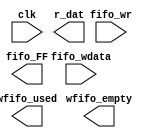
//Legal Notice: (C)2021 Altera Corporation. All rights reserved.  Your
//use of Altera Corporation's design tools, logic functions and other
//software and tools, and its AMPP partner logic functions, and any
//output files any of the foregoing (including device programming or
//simulation files), and any associated documentation or information are
//expressly subject to the terms and conditions of the Altera Program
//License Subscription Agreement or other applicable license agreement,
//including, without limitation, that your use is for the sole purpose
//of programming logic devices manufactured by Altera and sold by Altera
//or its authorized distributors.  Please refer to the applicable
//agreement for further details.

// synthesis translate_off
`timescale 1ns / 1ps
// synthesis translate_on

// turn off superfluous verilog processor warnings 
// altera message_level Level1 
// altera message_off 10034 10035 10036 10037 10230 10240 10030 

module Computer_System_JTAG_UART_sim_scfifo_w (
                                                // inputs:
                                                 clk,
                                                 fifo_wdata,
                                                 fifo_wr,

                                                // outputs:
                                                 fifo_FF,
                                                 r_dat,
                                                 wfifo_empty,
                                                 wfifo_used
                                              )
;

  output           fifo_FF;
  output  [  7: 0] r_dat;
  output           wfifo_empty;
  output  [  5: 0] wfifo_used;
  input            clk;
  input   [  7: 0] fifo_wdata;
  input            fifo_wr;


wire             fifo_FF;
wire    [  7: 0] r_dat;
wire             wfifo_empty;
wire    [  5: 0] wfifo_used;

//synthesis translate_off
//////////////// SIMULATION-ONLY CONTENTS
  always @(posedge clk)
    begin
      if (fifo_wr)
          $write("%c", fifo_wdata);
    end


  assign wfifo_used = {6{1'b0}};
  assign r_dat = {8{1'b0}};
  assign fifo_FF = 1'b0;
  assign wfifo_empty = 1'b1;

//////////////// END SIMULATION-ONLY CONTENTS

//synthesis translate_on

endmodule


// synthesis translate_off
`timescale 1ns / 1ps
// synthesis translate_on

// turn off superfluous verilog processor warnings 
// altera message_level Level1 
// altera message_off 10034 10035 10036 10037 10230 10240 10030 

module Computer_System_JTAG_UART_scfifo_w (
                                            // inputs:
                                             clk,
                                             fifo_clear,
                                             fifo_wdata,
                                             fifo_wr,
                                             rd_wfifo,

                                            // outputs:
                                             fifo_FF,
                                             r_dat,
                                             wfifo_empty,
                                             wfifo_used
                                          )
;

  output           fifo_FF;
  output  [  7: 0] r_dat;
  output           wfifo_empty;
  output  [  5: 0] wfifo_used;
  input            clk;
  input            fifo_clear;
  input   [  7: 0] fifo_wdata;
  input            fifo_wr;
  input            rd_wfifo;


wire             fifo_FF;
wire    [  7: 0] r_dat;
wire             wfifo_empty;
wire    [  5: 0] wfifo_used;

//synthesis translate_off
//////////////// SIMULATION-ONLY CONTENTS
  Computer_System_JTAG_UART_sim_scfifo_w the_Computer_System_JTAG_UART_sim_scfifo_w
    (
      .clk         (clk),
      .fifo_FF     (fifo_FF),
      .fifo_wdata  (fifo_wdata),
      .fifo_wr     (fifo_wr),
      .r_dat       (r_dat),
      .wfifo_empty (wfifo_empty),
      .wfifo_used  (wfifo_used)
    );


//////////////// END SIMULATION-ONLY CONTENTS

//synthesis translate_on
//synthesis read_comments_as_HDL on
//  scfifo wfifo
//    (
//      .aclr (fifo_clear),
//      .clock (clk),
//      .data (fifo_wdata),
//      .empty (wfifo_empty),
//      .full (fifo_FF),
//      .q (r_dat),
//      .rdreq (rd_wfifo),
//      .usedw (wfifo_used),
//      .wrreq (fifo_wr)
//    );
//
//  defparam wfifo.lpm_hint = "RAM_BLOCK_TYPE=AUTO",
//           wfifo.lpm_numwords = 64,
//           wfifo.lpm_showahead = "OFF",
//           wfifo.lpm_type = "scfifo",
//           wfifo.lpm_width = 8,
//           wfifo.lpm_widthu = 6,
//           wfifo.overflow_checking = "OFF",
//           wfifo.underflow_checking = "OFF",
//           wfifo.use_eab = "ON";
//
//synthesis read_comments_as_HDL off

endmodule


// synthesis translate_off
`timescale 1ns / 1ps
// synthesis translate_on

// turn off superfluous verilog processor warnings 
// altera message_level Level1 
// altera message_off 10034 10035 10036 10037 10230 10240 10030 

module Computer_System_JTAG_UART_sim_scfifo_r (
                                                // inputs:
                                                 clk,
                                                 fifo_rd,
                                                 rst_n,

                                                // outputs:
                                                 fifo_EF,
                                                 fifo_rdata,
                                                 rfifo_full,
                                                 rfifo_used
                                              )
;

  output           fifo_EF;
  output  [  7: 0] fifo_rdata;
  output           rfifo_full;
  output  [  5: 0] rfifo_used;
  input            clk;
  input            fifo_rd;
  input            rst_n;


reg     [ 31: 0] bytes_left;
wire             fifo_EF;
reg              fifo_rd_d;
wire    [  7: 0] fifo_rdata;
wire             new_rom;
wire    [ 31: 0] num_bytes;
wire    [  6: 0] rfifo_entries;
wire             rfifo_full;
wire    [  5: 0] rfifo_used;

//synthesis translate_off
//////////////// SIMULATION-ONLY CONTENTS
  // Generate rfifo_entries for simulation
  always @(posedge clk or negedge rst_n)
    begin
      if (rst_n == 0)
        begin
          bytes_left <= 32'h0;
          fifo_rd_d <= 1'b0;
        end
      else 
        begin
          fifo_rd_d <= fifo_rd;
          // decrement on read
          if (fifo_rd_d)
              bytes_left <= bytes_left - 1'b1;
          // catch new contents
          if (new_rom)
              bytes_left <= num_bytes;
        end
    end


  assign fifo_EF = bytes_left == 32'b0;
  assign rfifo_full = bytes_left > 7'h40;
  assign rfifo_entries = (rfifo_full) ? 7'h40 : bytes_left;
  assign rfifo_used = rfifo_entries[5 : 0];
  assign new_rom = 1'b0;
  assign num_bytes = 32'b0;
  assign fifo_rdata = 8'b0;

//////////////// END SIMULATION-ONLY CONTENTS

//synthesis translate_on

endmodule


// synthesis translate_off
`timescale 1ns / 1ps
// synthesis translate_on

// turn off superfluous verilog processor warnings 
// altera message_level Level1 
// altera message_off 10034 10035 10036 10037 10230 10240 10030 

module Computer_System_JTAG_UART_scfifo_r (
                                            // inputs:
                                             clk,
                                             fifo_clear,
                                             fifo_rd,
                                             rst_n,
                                             t_dat,
                                             wr_rfifo,

                                            // outputs:
                                             fifo_EF,
                                             fifo_rdata,
                                             rfifo_full,
                                             rfifo_used
                                          )
;

  output           fifo_EF;
  output  [  7: 0] fifo_rdata;
  output           rfifo_full;
  output  [  5: 0] rfifo_used;
  input            clk;
  input            fifo_clear;
  input            fifo_rd;
  input            rst_n;
  input   [  7: 0] t_dat;
  input            wr_rfifo;


wire             fifo_EF;
wire    [  7: 0] fifo_rdata;
wire             rfifo_full;
wire    [  5: 0] rfifo_used;

//synthesis translate_off
//////////////// SIMULATION-ONLY CONTENTS
  Computer_System_JTAG_UART_sim_scfifo_r the_Computer_System_JTAG_UART_sim_scfifo_r
    (
      .clk        (clk),
      .fifo_EF    (fifo_EF),
      .fifo_rd    (fifo_rd),
      .fifo_rdata (fifo_rdata),
      .rfifo_full (rfifo_full),
      .rfifo_used (rfifo_used),
      .rst_n      (rst_n)
    );


//////////////// END SIMULATION-ONLY CONTENTS

//synthesis translate_on
//synthesis read_comments_as_HDL on
//  scfifo rfifo
//    (
//      .aclr (fifo_clear),
//      .clock (clk),
//      .data (t_dat),
//      .empty (fifo_EF),
//      .full (rfifo_full),
//      .q (fifo_rdata),
//      .rdreq (fifo_rd),
//      .usedw (rfifo_used),
//      .wrreq (wr_rfifo)
//    );
//
//  defparam rfifo.lpm_hint = "RAM_BLOCK_TYPE=AUTO",
//           rfifo.lpm_numwords = 64,
//           rfifo.lpm_showahead = "OFF",
//           rfifo.lpm_type = "scfifo",
//           rfifo.lpm_width = 8,
//           rfifo.lpm_widthu = 6,
//           rfifo.overflow_checking = "OFF",
//           rfifo.underflow_checking = "OFF",
//           rfifo.use_eab = "ON";
//
//synthesis read_comments_as_HDL off

endmodule


// synthesis translate_off
`timescale 1ns / 1ps
// synthesis translate_on

// turn off superfluous verilog processor warnings 
// altera message_level Level1 
// altera message_off 10034 10035 10036 10037 10230 10240 10030 

module Computer_System_JTAG_UART (
                                   // inputs:
                                    av_address,
                                    av_chipselect,
                                    av_read_n,
                                    av_write_n,
                                    av_writedata,
                                    clk,
                                    rst_n,

                                   // outputs:
                                    av_irq,
                                    av_readdata,
                                    av_waitrequest,
                                    dataavailable,
                                    readyfordata
                                 )
  /* synthesis ALTERA_ATTRIBUTE = "SUPPRESS_DA_RULE_INTERNAL=\"R101,C106,D101,D103\"" */ ;

  output           av_irq;
  output  [ 31: 0] av_readdata;
  output           av_waitrequest;
  output           dataavailable;
  output           readyfordata;
  input            av_address;
  input            av_chipselect;
  input            av_read_n;
  input            av_write_n;
  input   [ 31: 0] av_writedata;
  input            clk;
  input            rst_n;


reg              ac;
wire             activity;
wire             av_irq;
wire    [ 31: 0] av_readdata;
reg              av_waitrequest;
reg              dataavailable;
reg              fifo_AE;
reg              fifo_AF;
wire             fifo_EF;
wire             fifo_FF;
wire             fifo_clear;
wire             fifo_rd;
wire    [  7: 0] fifo_rdata;
wire    [  7: 0] fifo_wdata;
reg              fifo_wr;
reg              ien_AE;
reg              ien_AF;
wire             ipen_AE;
wire             ipen_AF;
reg              pause_irq;
wire    [  7: 0] r_dat;
wire             r_ena;
reg              r_val;
wire             rd_wfifo;
reg              read_0;
reg              readyfordata;
wire             rfifo_full;
wire    [  5: 0] rfifo_used;
reg              rvalid;
reg              sim_r_ena;
reg              sim_t_dat;
reg              sim_t_ena;
reg              sim_t_pause;
wire    [  7: 0] t_dat;
reg              t_dav;
wire             t_ena;
wire             t_pause;
wire             wfifo_empty;
wire    [  5: 0] wfifo_used;
reg              woverflow;
wire             wr_rfifo;
  //avalon_jtag_slave, which is an e_avalon_slave
  assign rd_wfifo = r_ena & ~wfifo_empty;
  assign wr_rfifo = t_ena & ~rfifo_full;
  assign fifo_clear = ~rst_n;
  Computer_System_JTAG_UART_scfifo_w the_Computer_System_JTAG_UART_scfifo_w
    (
      .clk         (clk),
      .fifo_FF     (fifo_FF),
      .fifo_clear  (fifo_clear),
      .fifo_wdata  (fifo_wdata),
      .fifo_wr     (fifo_wr),
      .r_dat       (r_dat),
      .rd_wfifo    (rd_wfifo),
      .wfifo_empty (wfifo_empty),
      .wfifo_used  (wfifo_used)
    );

  Computer_System_JTAG_UART_scfifo_r the_Computer_System_JTAG_UART_scfifo_r
    (
      .clk        (clk),
      .fifo_EF    (fifo_EF),
      .fifo_clear (fifo_clear),
      .fifo_rd    (fifo_rd),
      .fifo_rdata (fifo_rdata),
      .rfifo_full (rfifo_full),
      .rfifo_used (rfifo_used),
      .rst_n      (rst_n),
      .t_dat      (t_dat),
      .wr_rfifo   (wr_rfifo)
    );

  assign ipen_AE = ien_AE & fifo_AE;
  assign ipen_AF = ien_AF & (pause_irq | fifo_AF);
  assign av_irq = ipen_AE | ipen_AF;
  assign activity = t_pause | t_ena;
  always @(posedge clk or negedge rst_n)
    begin
      if (rst_n == 0)
          pause_irq <= 1'b0;
      else // only if fifo is not empty...
      if (t_pause & ~fifo_EF)
          pause_irq <= 1'b1;
      else if (read_0)
          pause_irq <= 1'b0;
    end


  always @(posedge clk or negedge rst_n)
    begin
      if (rst_n == 0)
        begin
          r_val <= 1'b0;
          t_dav <= 1'b1;
        end
      else 
        begin
          r_val <= r_ena & ~wfifo_empty;
          t_dav <= ~rfifo_full;
        end
    end


  always @(posedge clk or negedge rst_n)
    begin
      if (rst_n == 0)
        begin
          fifo_AE <= 1'b0;
          fifo_AF <= 1'b0;
          fifo_wr <= 1'b0;
          rvalid <= 1'b0;
          read_0 <= 1'b0;
          ien_AE <= 1'b0;
          ien_AF <= 1'b0;
          ac <= 1'b0;
          woverflow <= 1'b0;
          av_waitrequest <= 1'b1;
        end
      else 
        begin
          fifo_AE <= {fifo_FF,wfifo_used} <= 8;
          fifo_AF <= (7'h40 - {rfifo_full,rfifo_used}) <= 8;
          fifo_wr <= 1'b0;
          read_0 <= 1'b0;
          av_waitrequest <= ~(av_chipselect & (~av_write_n | ~av_read_n) & av_waitrequest);
          if (activity)
              ac <= 1'b1;
          // write
          if (av_chipselect & ~av_write_n & av_waitrequest)
              // addr 1 is control; addr 0 is data
              if (av_address)
                begin
                  ien_AF <= av_writedata[0];
                  ien_AE <= av_writedata[1];
                  if (av_writedata[10] & ~activity)
                      ac <= 1'b0;
                end
              else 
                begin
                  fifo_wr <= ~fifo_FF;
                  woverflow <= fifo_FF;
                end
          // read
          if (av_chipselect & ~av_read_n & av_waitrequest)
            begin
              // addr 1 is interrupt; addr 0 is data
              if (~av_address)
                  rvalid <= ~fifo_EF;
              read_0 <= ~av_address;
            end
        end
    end


  assign fifo_wdata = av_writedata[7 : 0];
  assign fifo_rd = (av_chipselect & ~av_read_n & av_waitrequest & ~av_address) ? ~fifo_EF : 1'b0;
  assign av_readdata = read_0 ? { {9{1'b0}},rfifo_full,rfifo_used,rvalid,woverflow,~fifo_FF,~fifo_EF,1'b0,ac,ipen_AE,ipen_AF,fifo_rdata } : { {9{1'b0}},(7'h40 - {fifo_FF,wfifo_used}),rvalid,woverflow,~fifo_FF,~fifo_EF,1'b0,ac,ipen_AE,ipen_AF,{6{1'b0}},ien_AE,ien_AF };
  always @(posedge clk or negedge rst_n)
    begin
      if (rst_n == 0)
          readyfordata <= 0;
      else 
        readyfordata <= ~fifo_FF;
    end



//synthesis translate_off
//////////////// SIMULATION-ONLY CONTENTS
  // Tie off Atlantic Interface signals not used for simulation
  always @(posedge clk)
    begin
      sim_t_pause <= 1'b0;
      sim_t_ena <= 1'b0;
      sim_t_dat <= t_dav ? r_dat : {8{r_val}};
      sim_r_ena <= 1'b0;
    end


  assign r_ena = sim_r_ena;
  assign t_ena = sim_t_ena;
  assign t_dat = sim_t_dat;
  assign t_pause = sim_t_pause;
  always @(fifo_EF)
    begin
      dataavailable = ~fifo_EF;
    end



//////////////// END SIMULATION-ONLY CONTENTS

//synthesis translate_on
//synthesis read_comments_as_HDL on
//  alt_jtag_atlantic Computer_System_JTAG_UART_alt_jtag_atlantic
//    (
//      .clk (clk),
//      .r_dat (r_dat),
//      .r_ena (r_ena),
//      .r_val (r_val),
//      .rst_n (rst_n),
//      .t_dat (t_dat),
//      .t_dav (t_dav),
//      .t_ena (t_ena),
//      .t_pause (t_pause)
//    );
//
//  defparam Computer_System_JTAG_UART_alt_jtag_atlantic.INSTANCE_ID = 0,
//           Computer_System_JTAG_UART_alt_jtag_atlantic.LOG2_RXFIFO_DEPTH = 6,
//           Computer_System_JTAG_UART_alt_jtag_atlantic.LOG2_TXFIFO_DEPTH = 6,
//           Computer_System_JTAG_UART_alt_jtag_atlantic.SLD_AUTO_INSTANCE_INDEX = "YES";
//
//  always @(posedge clk or negedge rst_n)
//    begin
//      if (rst_n == 0)
//          dataavailable <= 0;
//      else 
//        dataavailable <= ~fifo_EF;
//    end
//
//
//synthesis read_comments_as_HDL off

endmodule